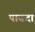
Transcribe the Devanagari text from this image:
पाबदा